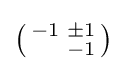
\left({\begin{smallmatrix}-1&\pm 1\\&-1\end{smallmatrix}}\right)